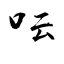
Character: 呍